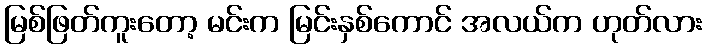
မြစ်ဖြတ်ကူးတော့ မင်းက မြင်းနှစ်ကောင် အလယ်က ဟုတ်လား